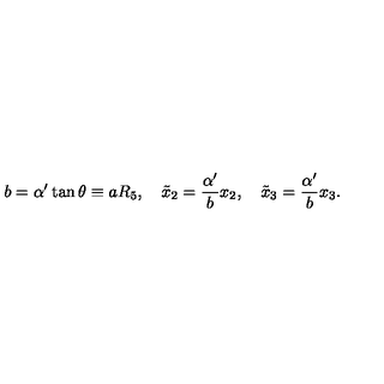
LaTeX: b = \alpha ^ { \prime } \tan \theta \equiv a R _ { 5 } , \quad \tilde { x } _ { 2 } = \frac { \alpha ^ { \prime } } { b } x _ { 2 } , \quad \tilde { x } _ { 3 } = \frac { \alpha ^ { \prime } } { b } x _ { 3 } .